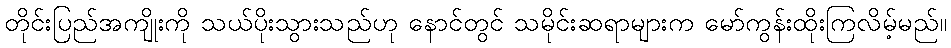
တိုင်းပြည်အကျိုးကို သယ်ပိုးသွားသည်ဟု နောင်တွင် သမိုင်းဆရာများက မော်ကွန်းထိုးကြလိမ့်မည်။